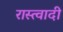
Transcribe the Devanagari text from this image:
रास्त्वादी